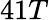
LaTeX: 41T